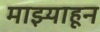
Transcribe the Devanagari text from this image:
माझ्याहून